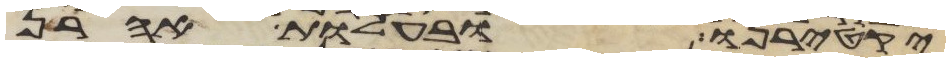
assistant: יקטירנו ובהעלות אהרן